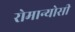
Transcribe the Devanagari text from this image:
रोमान्योसी